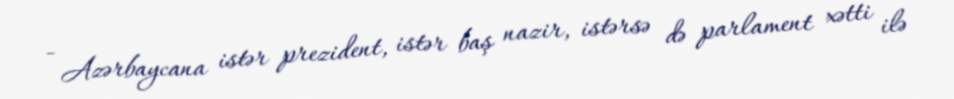
- Azərbaycana istər prezident, istər baş nazir, istərsə də parlament xətti ilə